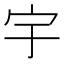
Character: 宇